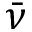
\bar { \nu }